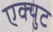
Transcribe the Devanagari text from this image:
एक्युट